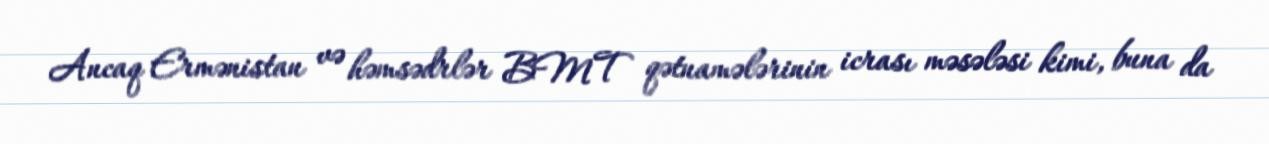
Ancaq Ermənistan və həmsədrlər BMT qətnamələrinin icrası məsələsi kimi, buna da